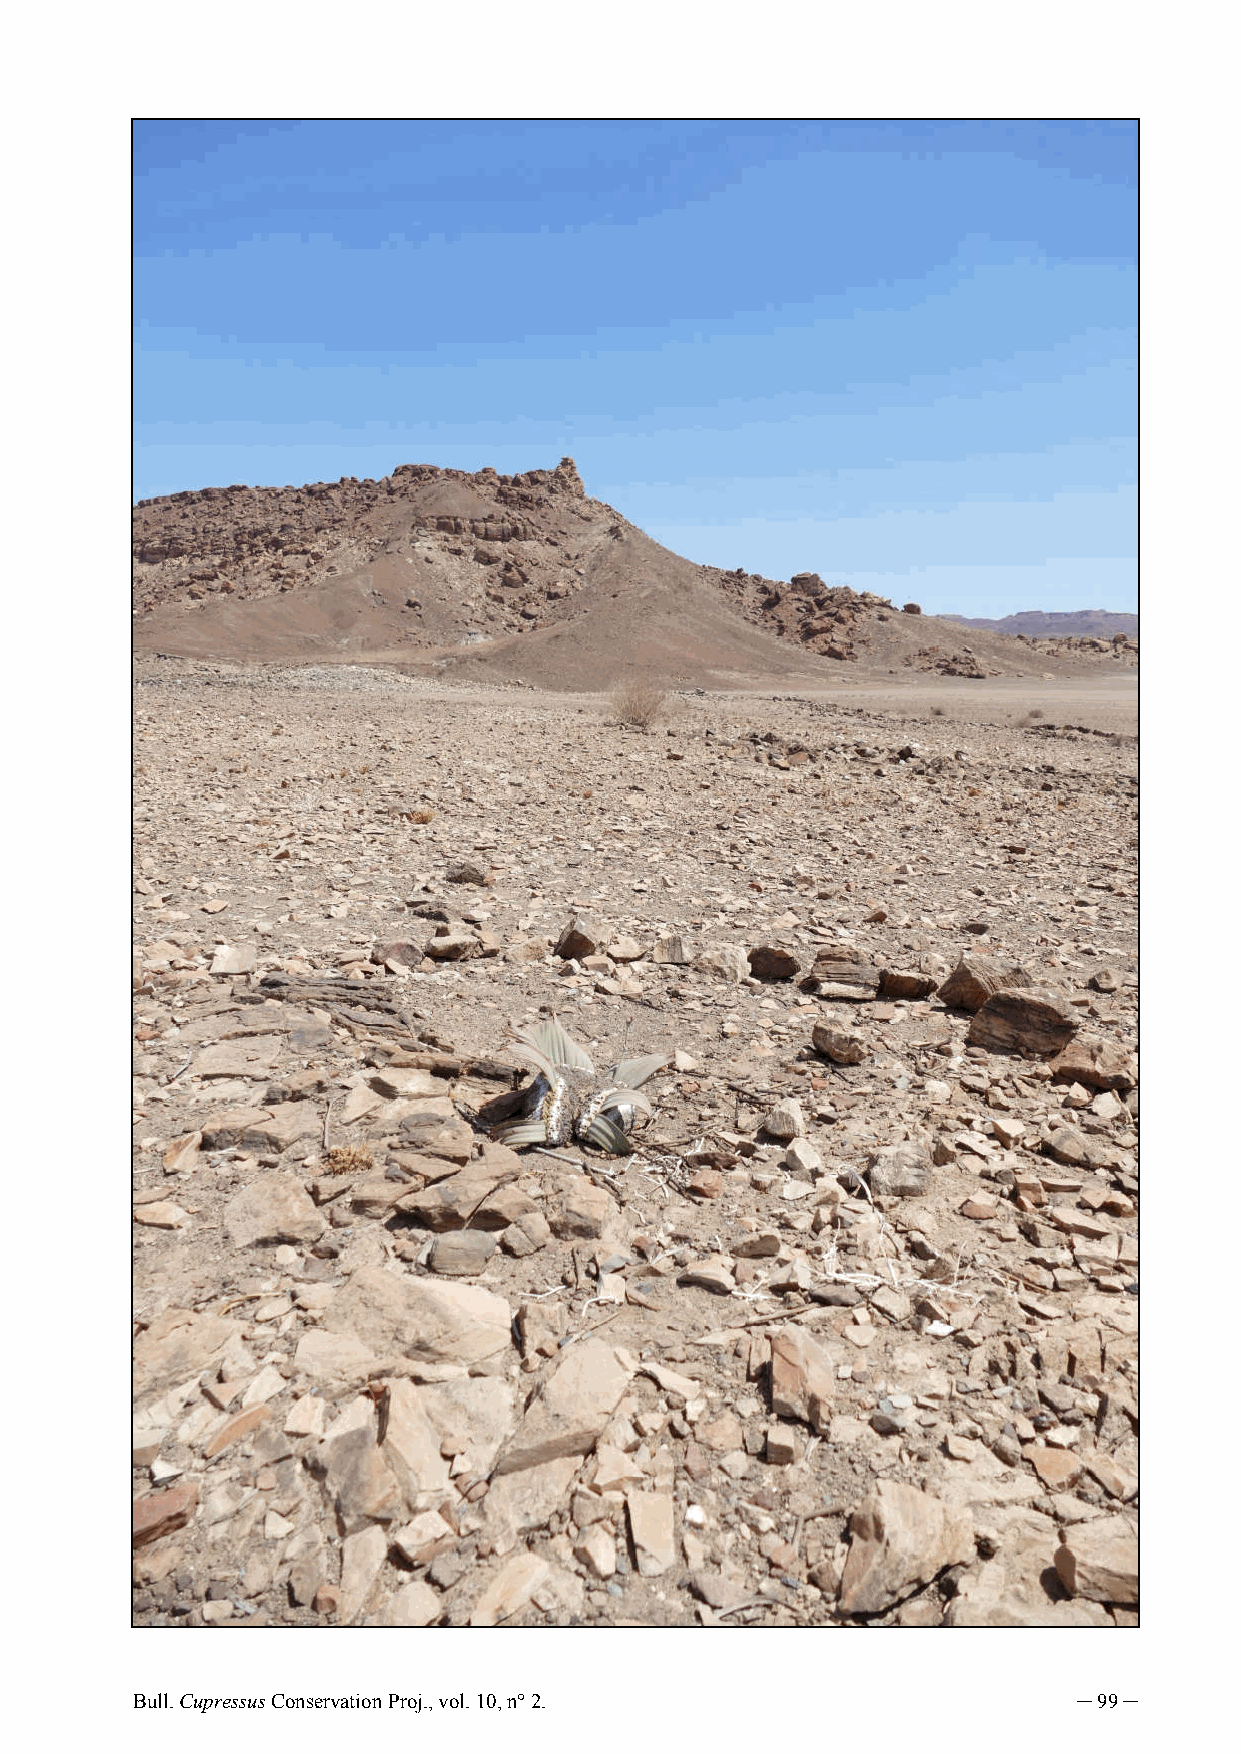
Bull. Cupressus Conservation Proj., vol. 10, n° 2.            ─ 99 ─